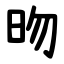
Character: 昒